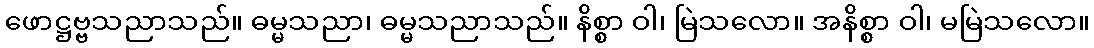
ဖောဋ္ဌဗ္ဗသညာသည်။ ဓမ္မသညာ၊ ဓမ္မသညာသည်။ နိစ္စာ ဝါ၊ မြဲသလော။ အနိစ္စာ ဝါ၊ မမြဲသလော။